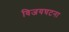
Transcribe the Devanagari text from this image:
विजयघटना